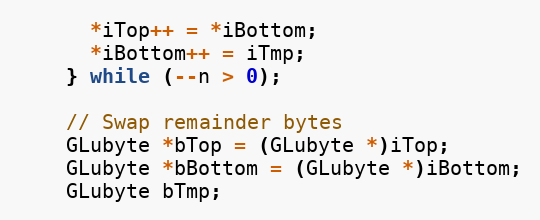
Language: C++
      *iTop++ = *iBottom;
      *iBottom++ = iTmp;
    } while (--n > 0);

    // Swap remainder bytes
    GLubyte *bTop = (GLubyte *)iTop;
    GLubyte *bBottom = (GLubyte *)iBottom;
    GLubyte bTmp;